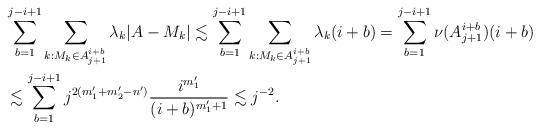
LaTeX: \begin{align*}&\sum_{b=1}^{j-i+1}\sum_{k: M_k\in A_{j+1}^{i+b}}\lambda_{k}|A-M_{k}|\lesssim\sum_{b=1}^{j-i+1}\sum_{k: M_k\in A_{j+1}^{i+b}}\lambda_{k} (i+b)= \sum_{b=1}^{j-i+1}\nu(A_{j+1}^{i+b})(i+b)\\&\lesssim \sum_{b=1}^{j-i+1}j^{2(m_1'+m_2'-n')} \frac{i^{m_1'}}{(i+b)^{m_1'+1} }\lesssim j^{-2}.\end{align*}